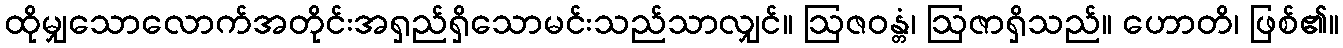
ထိုမျှသောလောက်အတိုင်းအရှည်ရှိသောမင်းသည်သာလျှင်။ ဩဇဝန္တံ၊ ဩဇာရှိသည်။ ဟောတိ၊ ဖြစ်၏။